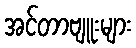
အင်တာဗျူးများ